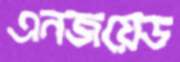
এনজয়েড